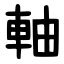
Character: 軸